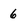
Character: 6